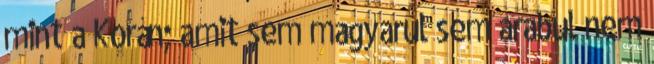
mint a Korán; amit sem magyarul sem arabul nem